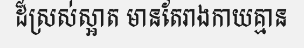
ដ៏ស្រស់ស្អាត មានតែរាងកាយគ្មាន